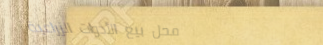
محل بيع الأدوات الزراعية